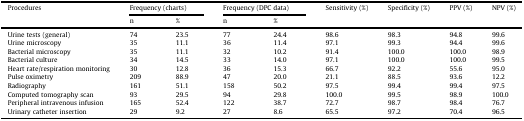
<table><thead><tr><td rowspan="2"><b>Procedures</b></td><td colspan="2"><b>Frequency (charts)</b></td><td colspan="2"><b>Frequency (DPC data)</b></td><td rowspan="2"><b>Sensitivity (%)</b></td><td rowspan="2"><b>Specificity (%)</b></td><td rowspan="2"><b>PPV (%)</b></td><td rowspan="2"><b>NPV (%)</b></td></tr><tr><td><b>n</b></td><td><b>%</b></td><td><b>n</b></td><td><b>%</b></td></tr></thead><tbody><tr><td>Urine tests (general)</td><td>74</td><td>23.5</td><td>77</td><td>24.4</td><td>98.6</td><td>98.3</td><td>94.8</td><td>99.6</td></tr><tr><td>Urine microscopy</td><td>35</td><td>11.1</td><td>36</td><td>11.4</td><td>97.1</td><td>99.3</td><td>94.4</td><td>99.6</td></tr><tr><td>Bacterial microscopy</td><td>35</td><td>11.1</td><td>32</td><td>10.2</td><td>91.4</td><td>100.0</td><td>100.0</td><td>98.9</td></tr><tr><td>Bacterial culture</td><td>34</td><td>14.5</td><td>33</td><td>14.0</td><td>97.1</td><td>100.0</td><td>100.0</td><td>99.5</td></tr><tr><td>Heart rate/respiration monitoring</td><td>30</td><td>12.8</td><td>36</td><td>15.3</td><td>66.7</td><td>92.2</td><td>55.6</td><td>95.0</td></tr><tr><td>Pulse oximetry</td><td>209</td><td>88.9</td><td>47</td><td>20.0</td><td>21.1</td><td>88.5</td><td>93.6</td><td>12.2</td></tr><tr><td>Radiography</td><td>161</td><td>51.1</td><td>158</td><td>50.2</td><td>97.5</td><td>99.4</td><td>99.4</td><td>97.5</td></tr><tr><td>Computed tomography scan</td><td>93</td><td>29.5</td><td>94</td><td>29.8</td><td>100.0</td><td>99.5</td><td>98.9</td><td>100.0</td></tr><tr><td>Peripheral intravenous infusion</td><td>165</td><td>52.4</td><td>122</td><td>38.7</td><td>72.7</td><td>98.7</td><td>98.4</td><td>76.7</td></tr><tr><td>Urinary catheter insertion</td><td>29</td><td>9.2</td><td>27</td><td>8.6</td><td>65.5</td><td>97.2</td><td>70.4</td><td>96.5</td></tr></tbody></table>